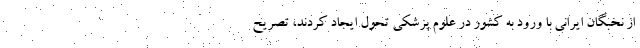
از نخبگان ایرانی با ورود به کشور در علوم پزشکی تحول ایجاد کردند، تصریح